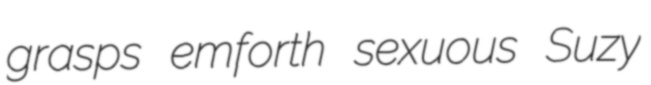
grasps emforth sexuous Suzy